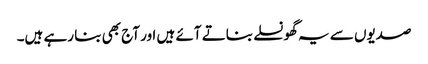
صدیوں سے یہ گھونسلے بناتے آئے ہیں اور آج بھی بنا رہے ہیں۔